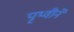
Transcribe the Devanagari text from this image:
पृथ्वीने